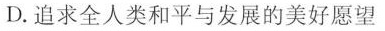
D.追求全人类和平与发展的美好愿望